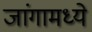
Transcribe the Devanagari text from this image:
जांगामध्ये